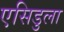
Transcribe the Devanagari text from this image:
एसिडुला